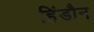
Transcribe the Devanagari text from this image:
हिंडौन